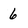
Character: 6